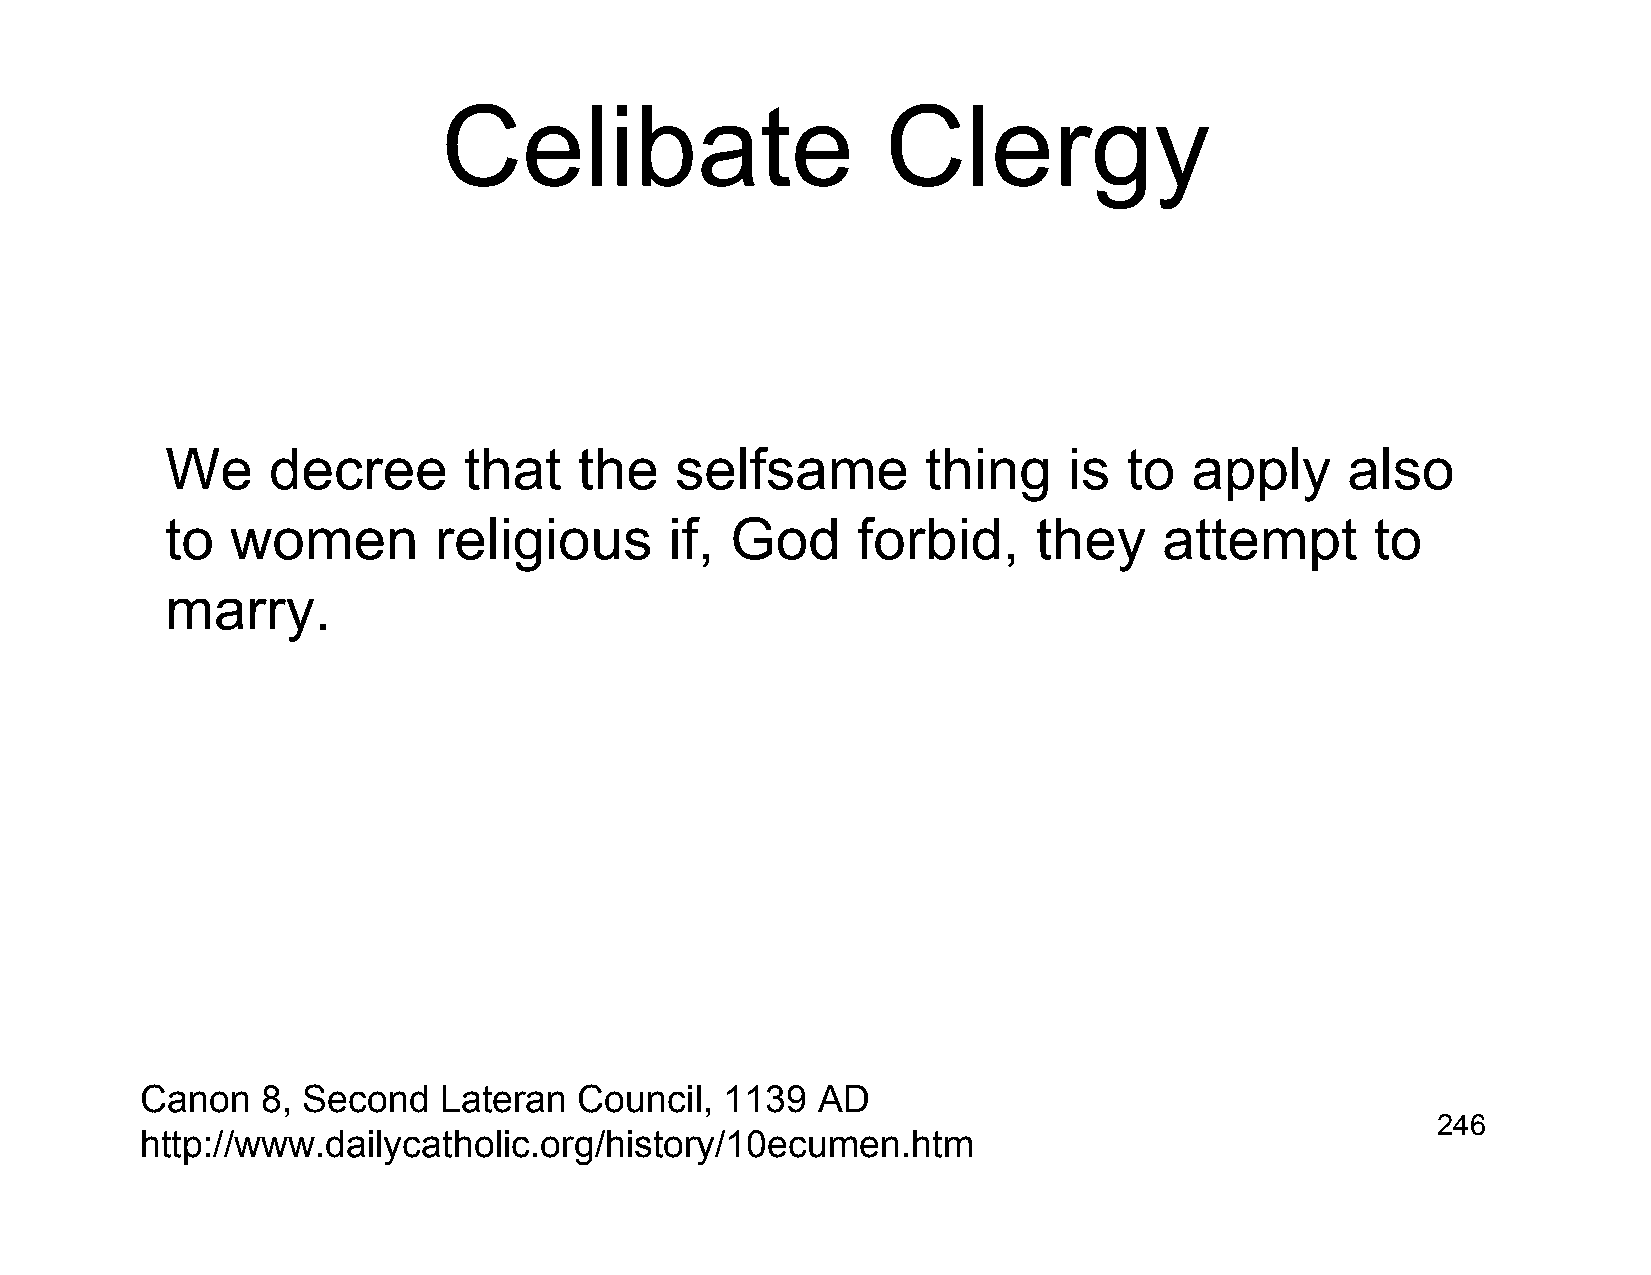
Celibate                      Clergy
 We     decree       that   the    selfsame        thing     is  to  apply     also
 to  women         religious      if, God      forbid,     they    attempt       to
 marry.
 Canon   8, Second   Lateran  Council,  1139  AD
 246
 http://www.dailycatholic.org/history/10ecumen.htm